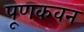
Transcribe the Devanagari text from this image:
पूणकवन